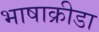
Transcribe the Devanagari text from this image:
भाषाक्रीडा